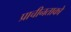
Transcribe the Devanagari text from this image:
प्राचीनताको